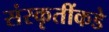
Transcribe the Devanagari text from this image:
संस्कृतींकडे